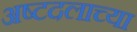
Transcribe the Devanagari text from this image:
अष्टदलाच्या